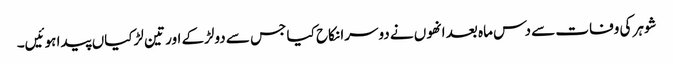
شوہر کی وفات سے دس ماہ بعد انھوں نے دوسرا نکاح کیا جس سے دولڑکے اور تین لڑکیاں پیدا ہوئیں۔